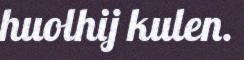
huolhij kulen.